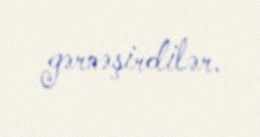
gərnəşirdilər.